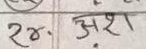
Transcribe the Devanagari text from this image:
२४. अश